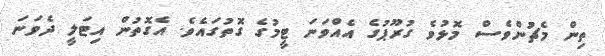
ތިން މެޗުންވެސް މޮޅުވެ ގުރޫޕުގެ އެއްވަނަ ޓީމުގެ ގޮތުގައެވެ. އެގޮތުން އިޓަލީ ދެވަނަ